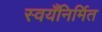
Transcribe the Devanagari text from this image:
स्वयँनिर्मित